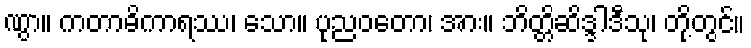
ဏွာ။ ကတာဓိကာရဿ၊ သော။ ပုညဝတော၊ အား။ ဘိတ္တိဆိဒ္ဒါဒီသု၊ တို့တွင်။